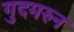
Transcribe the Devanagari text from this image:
गुदमरुन